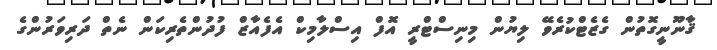
ޤާނޫނީގޮތުން ގެޒެޓްކުރެވޭ ލިޔުން މިނިސްޓްރީ އޮފް އިސްލާމިކް އެފެއާޒް ފުދުންތެރިކަން ނެތް ދަރިވަރުންގެ